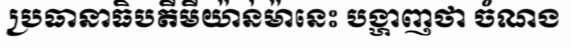
ប្រធានាធិបតីមីយ៉ាន់ម៉ានេះ បង្ហាញថា ចំណង